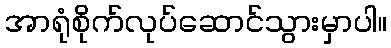
အာရုံစိုက်လုပ်ဆောင်သွားမှာပါ။